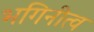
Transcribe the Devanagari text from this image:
भगिनीत्व